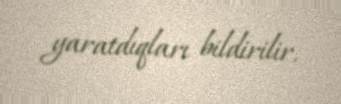
yaratdıqları bildirilir.